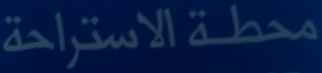
محطة الاستراحة